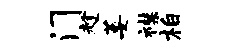
门趁萎襟柏